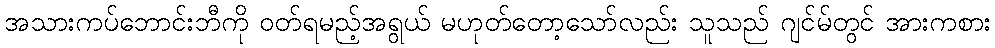
အသားကပ်ဘောင်းဘီကို ဝတ်ရမည့်အရွယ် မဟုတ်တော့သော်လည်း သူသည် ဂျင်မ်တွင် အားကစား